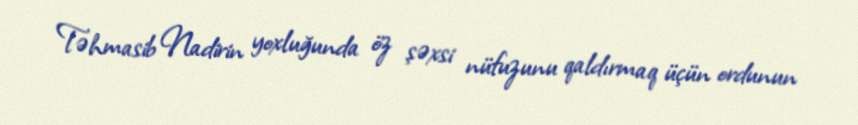
Təhmasib Nadirin yoxluğunda öz şəxsi nüfuzunu qaldırmaq üçün ordunun